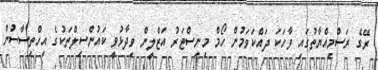
ރޭގެ ރަސްމިއްޔާތުގައި ވާހަކަ ދައްކަވަމުން ހޯމް މިނިސްޓަރު އަޒްލީން ވިދާޅުވީ ކައުންސިލްތަކުގެ އިހްތިސާސުން